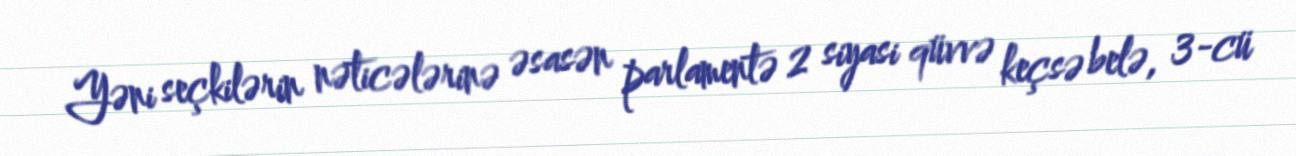
Yəni seçkilərin nəticələrinə əsasən parlamentə 2 siyasi qüvvə keçsə belə, 3-cü